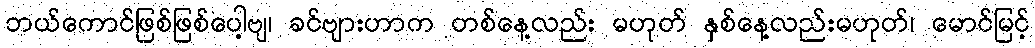
ဘယ်ကောင်ဖြစ်ဖြစ်ပေါ့ဗျ၊ ခင်ဗျားဟာက တစ်နေ့လည်း မဟုတ် နှစ်နေ့လည်းမဟုတ်၊ မောင်မြင့်